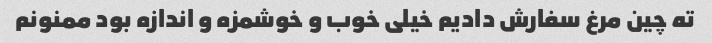
ته چین مرغ سفارش دادیم خیلی خوب و خوشمزه و اندازه بود ممنونم